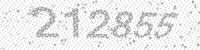
Solution: 212855